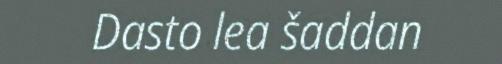
Dasto lea šaddan